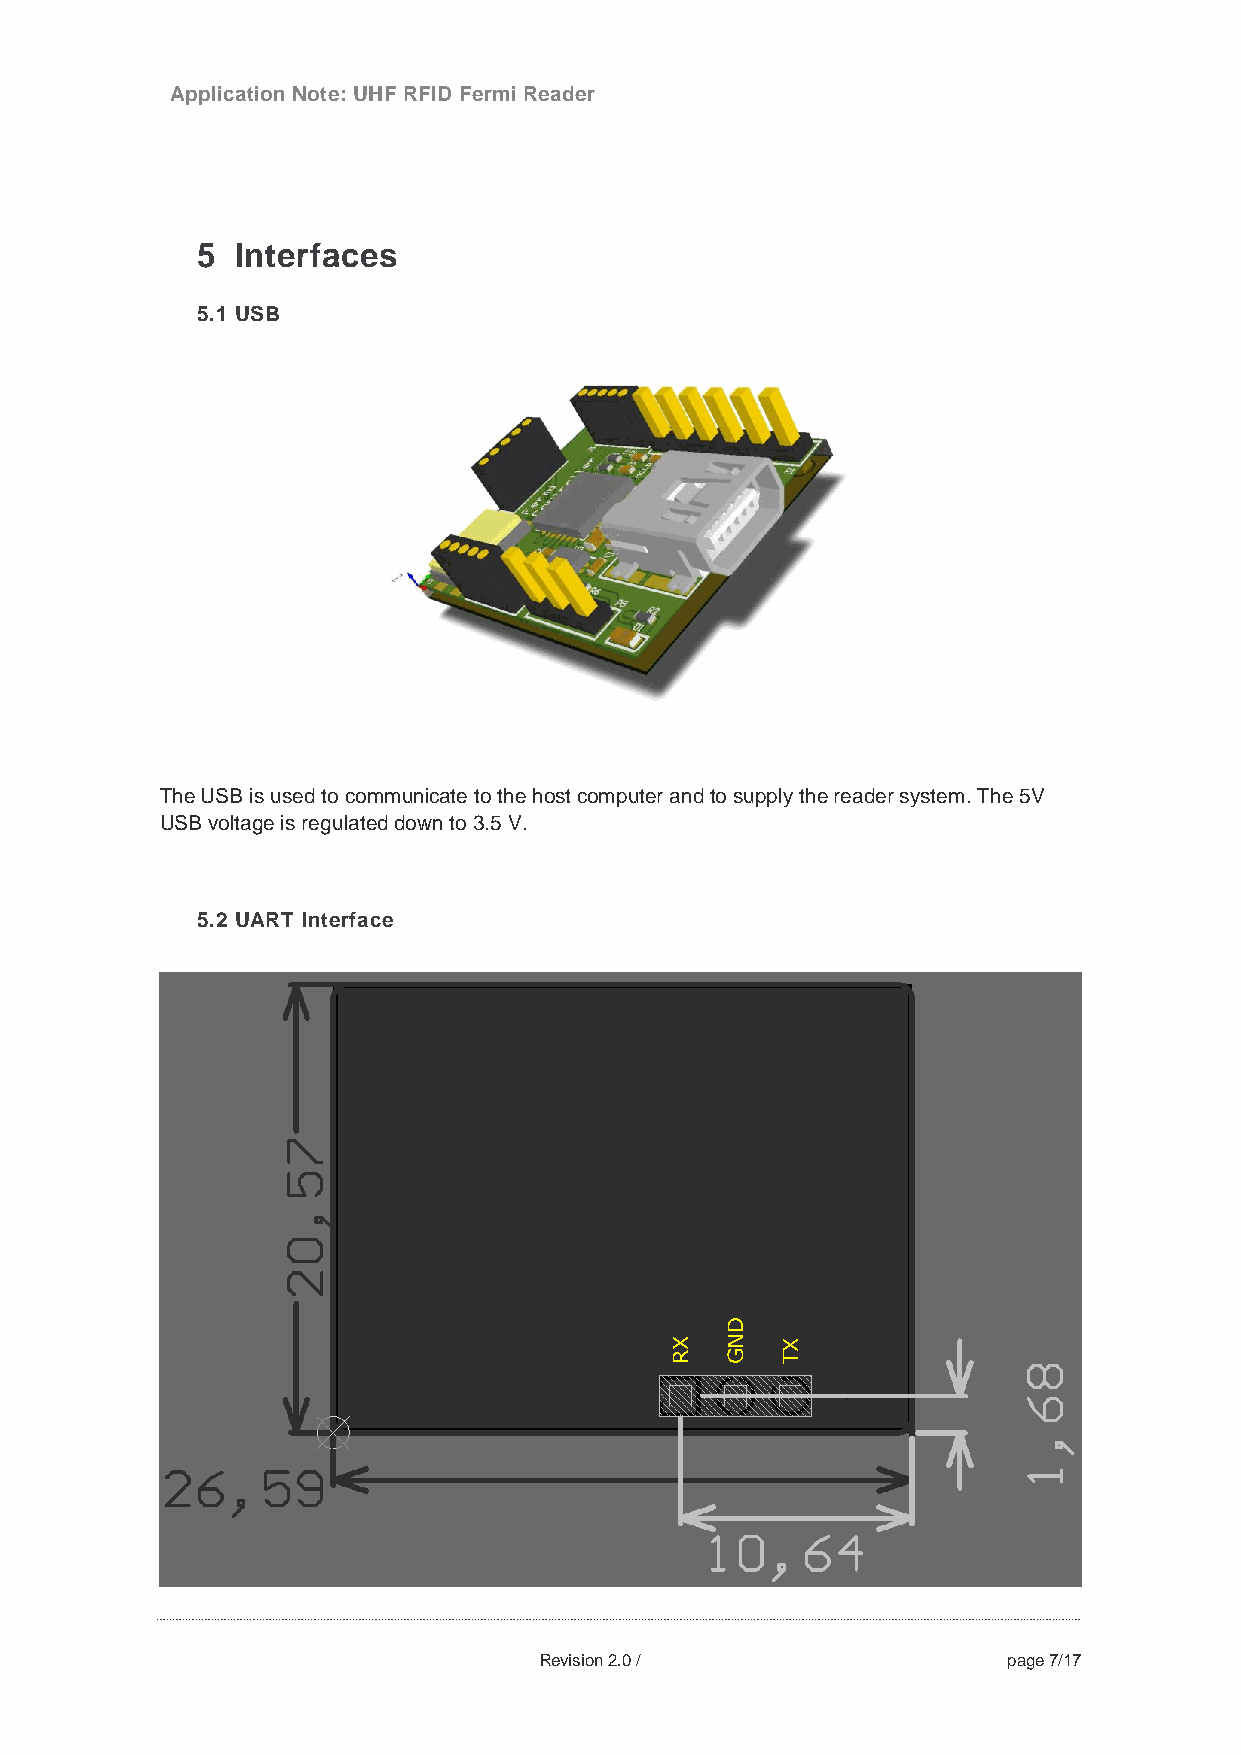
Application Note: UHF RFID Fermi Reader
 5  Interfaces
 5.1 USB
 The USB is used to communicate to the host computer and to supply the reader system. The 5V
 USB voltage is regulated down to 3.5 V.
 5.2 UART Interface
 Revision 2.0 /                 page 7/17
 XR
 DNG
 XT